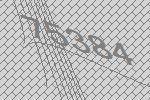
75384